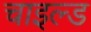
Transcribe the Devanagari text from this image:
चाइल्‍ड